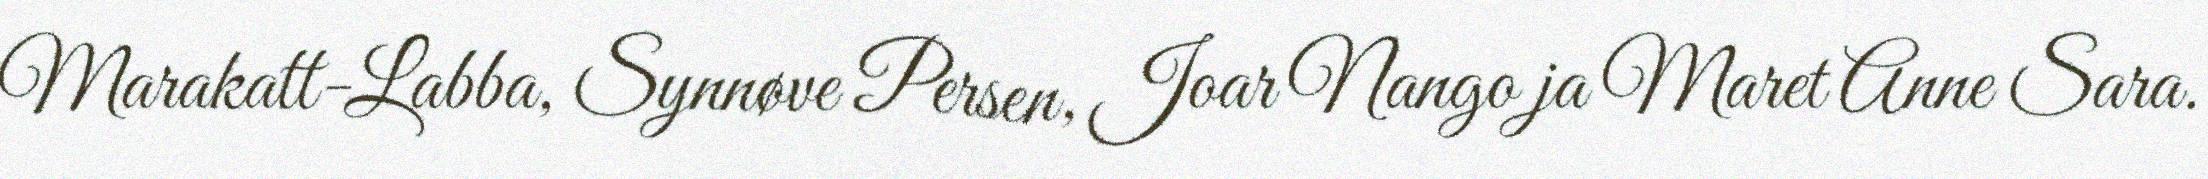
Marakatt-Labba, Synnøve Persen, Joar Nango ja Maret Anne Sara.